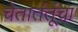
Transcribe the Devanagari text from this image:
चेतातंतूंचा